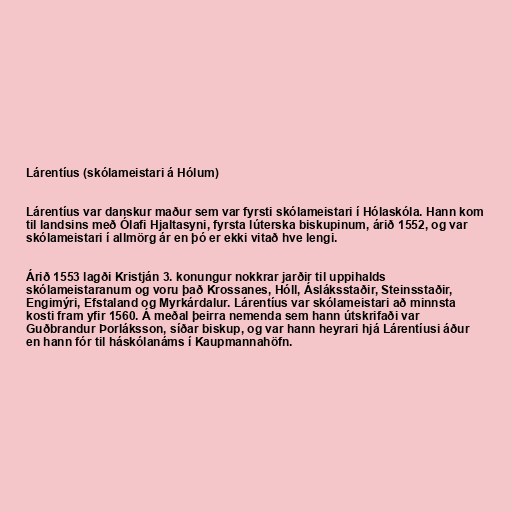
Lárentíus (skólameistari á Hólum)

Lárentíus var danskur maður sem var fyrsti skólameistari í Hólaskóla. Hann kom
til landsins með Ólafi Hjaltasyni, fyrsta lúterska biskupinum, árið 1552, og var
skólameistari í allmörg ár en þó er ekki vitað hve lengi.

Árið 1553 lagði Kristján 3. konungur nokkrar jarðir til uppihalds
skólameistaranum og voru það Krossanes, Hóll, Ásláksstaðir, Steinsstaðir,
Engimýri, Efstaland og Myrkárdalur. Lárentíus var skólameistari að minnsta
kosti fram yfir 1560. Á meðal þeirra nemenda sem hann útskrifaði var
Guðbrandur Þorláksson, síðar biskup, og var hann heyrari hjá Lárentíusi áður
en hann fór til háskólanáms í Kaupmannahöfn.